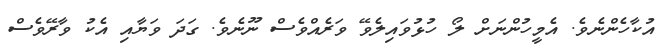
އުކާހެންނެވެ. އެމީހުންނަށް ލޯ ހުޅުވައިލެވޭ ވަރެއްވެސް ނޫނެވެ. ގަދަ ވަޔާއި އެކު ވާރޭވެސް